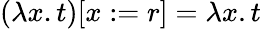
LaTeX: (\lambda x.t)[x:=r]=\lambda x.t